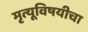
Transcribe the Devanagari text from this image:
मृत्यूविषयीचा